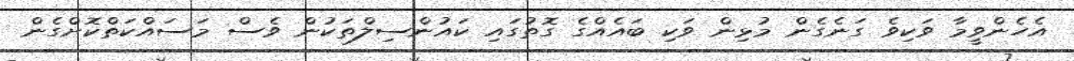
އެހެންވީމާ ވަކިވެ ގަނެގެން މުޅިން ވަކި ބައެއްގެ ގޮތުގައި ކައުންސިލްތަކުން ވެސް މަސައްކަތްކޮށްގެން